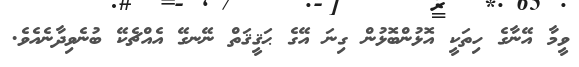
ވީމާ އޭނާގެ ހިތަކީ އޮޅުންބޮޅުން ގިނަ އޭގެ ޙަޤީޤަތް ނޭނގޭ އެއްޗެކޭ ބުނެވިދާނެއެވެ.